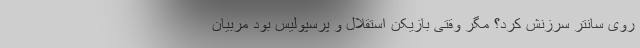
روی سانتر سرزنش کرد؟ مگر وقتی بازیکن استقلال و پرسپولیس بود مربیان